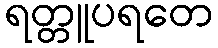
ရတ္တူပရတေ